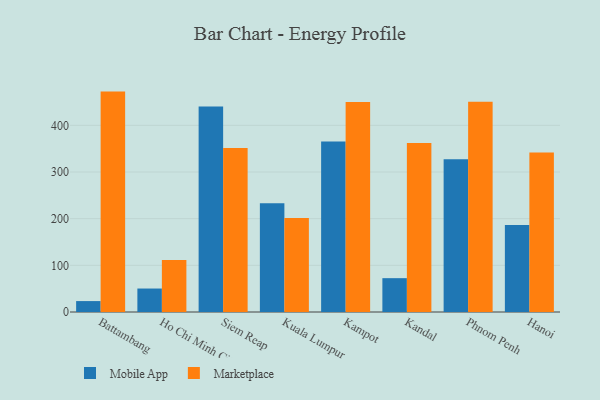
{"axis": {"x": "City", "y": "Gross Profit (USD K)"}, "legend": ["Marketplace", "Mobile App"], "data": [{"x": "Battambang", "y": 23.4, "type": "Mobile App"}, {"x": "Battambang", "y": 472.3, "type": "Marketplace"}, {"x": "Ho Chi Minh City", "y": 50.3, "type": "Mobile App"}, {"x": "Ho Chi Minh City", "y": 111.4, "type": "Marketplace"}, {"x": "Siem Reap", "y": 440.2, "type": "Mobile App"}, {"x": "Siem Reap", "y": 351.2, "type": "Marketplace"}, {"x": "Kuala Lumpur", "y": 233.0, "type": "Mobile App"}, {"x": "Kuala Lumpur", "y": 201.4, "type": "Marketplace"}, {"x": "Kampot", "y": 365.6, "type": "Mobile App"}, {"x": "Kampot", "y": 449.9, "type": "Marketplace"}, {"x": "Kandal", "y": 72.5, "type": "Mobile App"}, {"x": "Kandal", "y": 362.4, "type": "Marketplace"}, {"x": "Phnom Penh", "y": 327.1, "type": "Mobile App"}, {"x": "Phnom Penh", "y": 450.5, "type": "Marketplace"}, {"x": "Hanoi", "y": 186.6, "type": "Mobile App"}, {"x": "Hanoi", "y": 341.9, "type": "Marketplace"}]}